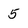
Character: 5